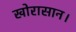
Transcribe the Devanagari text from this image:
खोरासान।